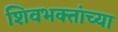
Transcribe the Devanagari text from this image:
शिवभक्तांच्या